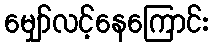
မျှော်လင့်နေကြောင်း